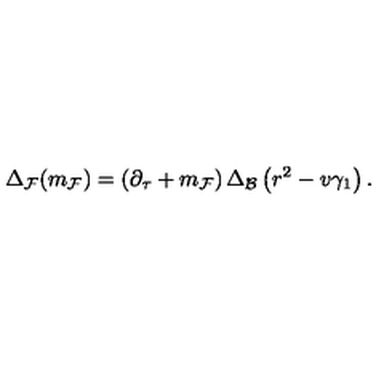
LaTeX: \Delta _ { \cal F } ( m _ { \cal F } ) = \left( \partial _ { \tau } + m _ { \cal F } \right) \Delta _ { \cal B } \left( r ^ { 2 } - v \gamma _ { 1 } \right) .